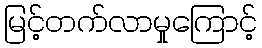
မြင့်တက်လာမှုကြောင့်